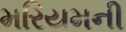
મરિયમની